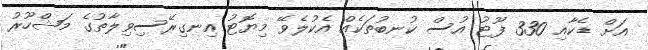
އަށް ޑެކާއި 330 ފޫޓު އުސް ކުނބުތަކެއް އެކުލެވޭ މިޔޮޓު އިނގިރޭސިވިލާތުގެ މަޝްހޫރު